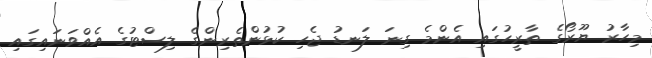
މިހާރު ޔޫރޯގެ ތާރީހުގައި އެންމެ ގިނަ ލަނޑު ޖެހި ކުޅުންތެރިންގެ ލިސްޓުގެ އެއްވަނައިގައި